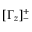
[ \Gamma _ { z } ] _ { - } ^ { + }